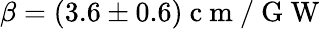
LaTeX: \beta=(3.6\pm 0.6)\mathrm{~c~m~/~G~W~}